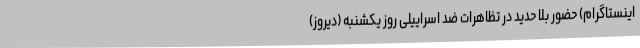
اینستاگرام) حضور بلا حدید در تظاهرات ضد اسراییلی روز یکشنبه (دیروز)